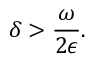
\delta > \frac { \omega } { 2 \epsilon } .